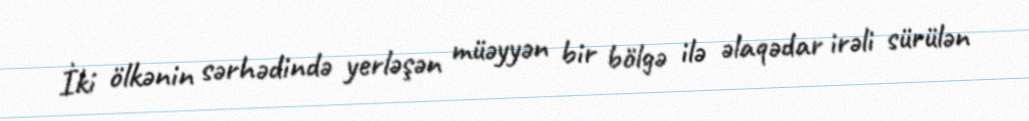
İki ölkənin sərhədində yerləşən müəyyən bir bölgə ilə əlaqədar irəli sürülən